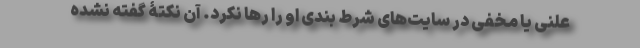
علنی یا مخفی در سایت‌های شرط بندی او را رها نکرد. آن نکتۀ گفته نشده